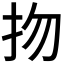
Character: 𢪱